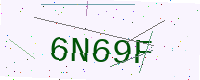
Text: 6N69F